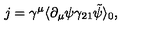
j = \gamma ^ { \mu } \langle \partial _ { \mu } \psi \gamma _ { 2 1 } \tilde { \psi } \rangle _ { 0 } ,